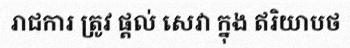
រាជការ ត្រូវ ផ្តល់ សេវា ក្នុង ឥរិយាបថ